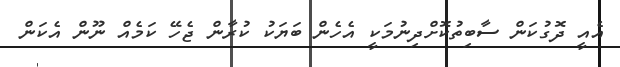
އެއީ ދޮގުކަން ސާބިތުކޮށްދިނުމަކީ އެހެން ބަޔަކު ކުރާން ޖެހޭ ކަމެއް ނޫން އެކަން